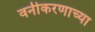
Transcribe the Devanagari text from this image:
वनीकरणाच्या